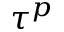
\tau ^ { p }